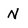
Character: N